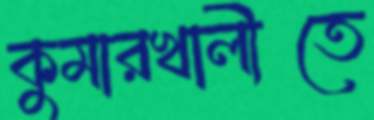
কুমারখালীতে